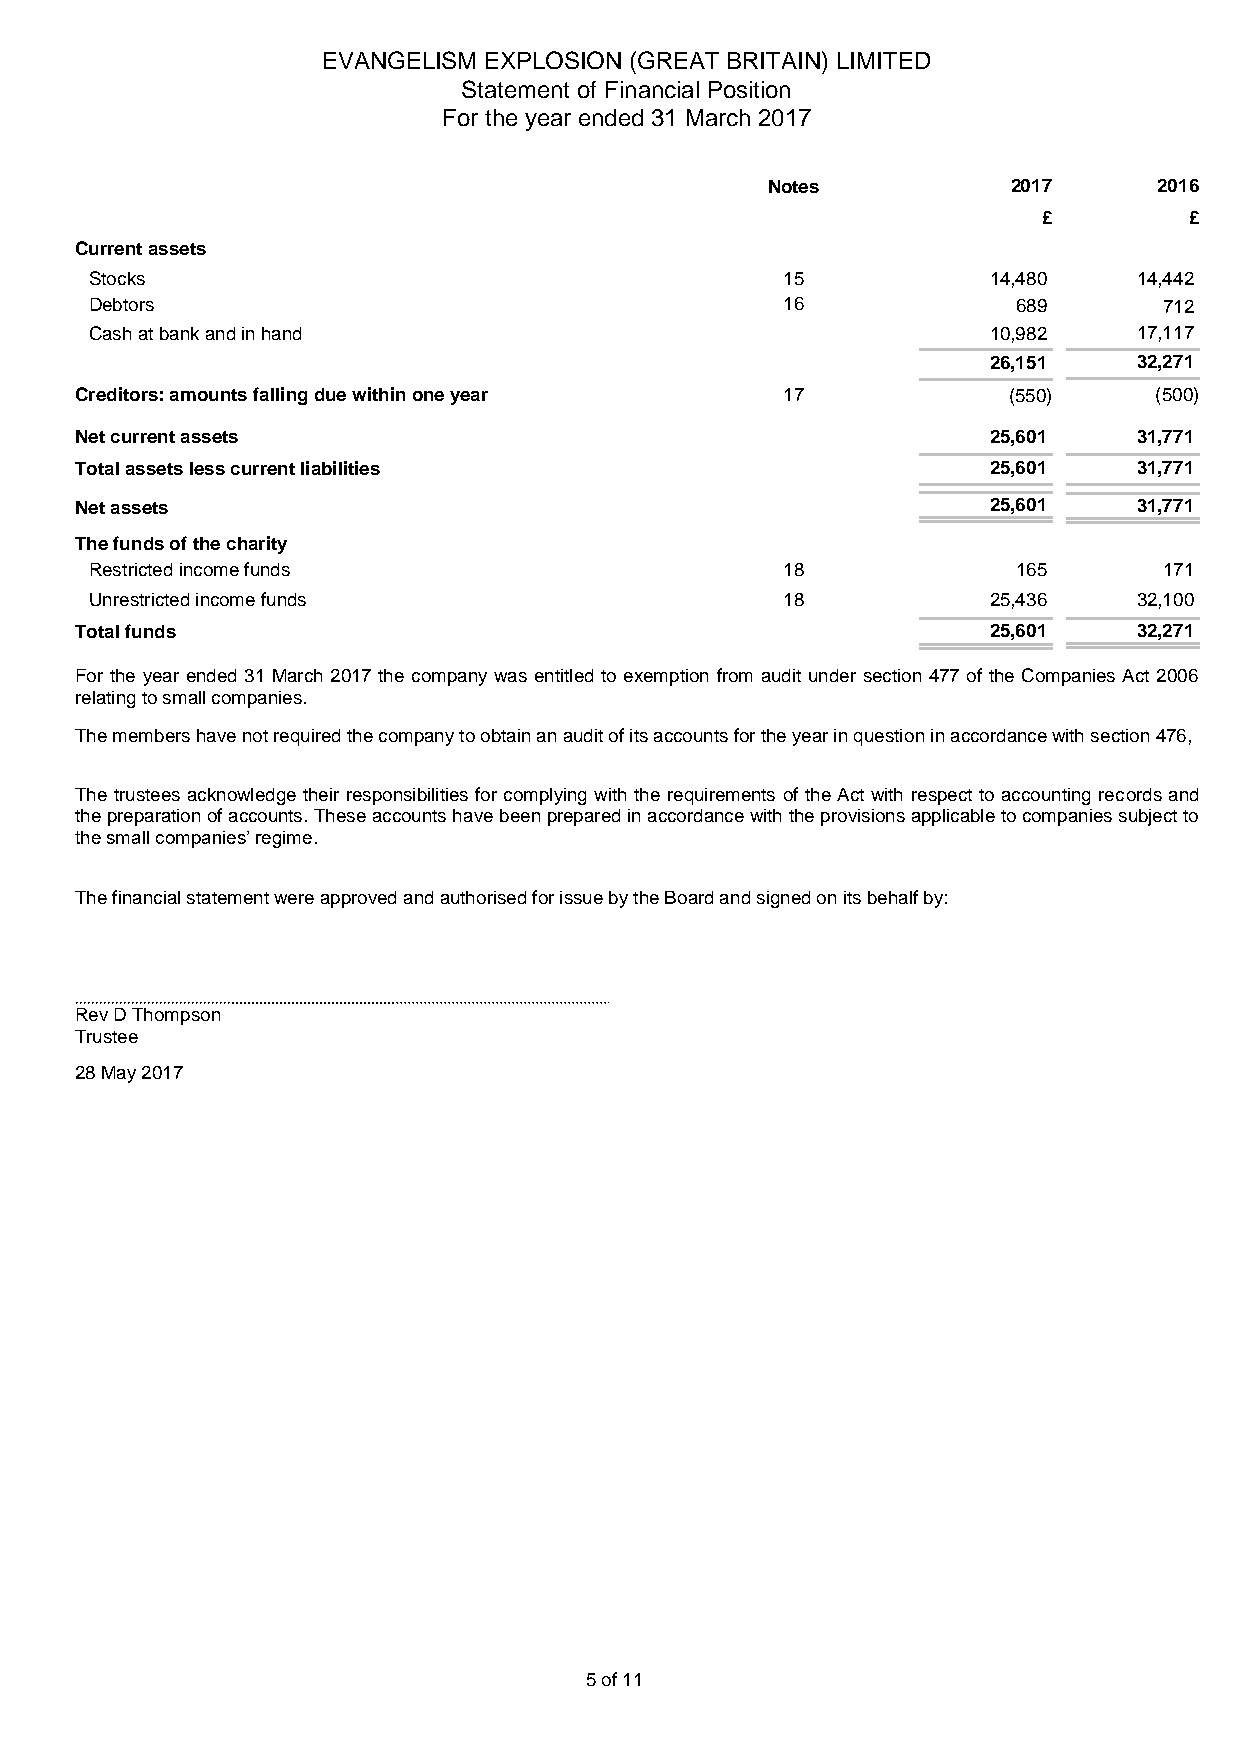
EVANGELISM EXPLOSION (GREAT BRITAIN) LIMITED
 Statement of Financial Position
 For the year ended 31 March 2017
 Notes           2017      2016
 £         £
 Current assets
 Stocks                                        15           14,480    14,442
 Debtors                                       16             689       712
 Cash at bank and in hand                                   10,982    17,117
 26,151    32,271
 Creditors: amounts falling due within one year 17             (550)    (500)
 Net current assets                                          25,601    31,771
 Total assets less current liabilities                       25,601    31,771
 Net assets                                                  25,601    31,771
 The funds of the charity
 Restricted income funds                       18             165       171
 Unrestricted income funds                     18           25,436    32,100
 Total funds                                                 25,601    32,271
 For the year ended 31 March 2017 the company was entitled to exemption from audit under section 477 of the Companies Act 2006
 relating to small companies.
 - The members have not required the company to obtain an audit of its accounts for the year in question in accordance with section 476,
 - The trustees acknowledge their responsibilities for complying with the requirements of the Act with respect to accounting records and
 the preparation of accounts. These accounts have been prepared in accordance with the provisions applicable to companies subject to
 the small companies’ regime.
 The financial statement were approved and authorised for issue by the Board and signed on its behalf by:
 Rev D Thompson
 Trustee
 28 May 2017
 5 of 11